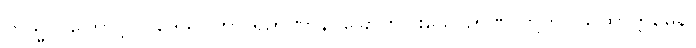
တသ္မာ၊ ကြောင့်။ ပဒေသဝိဟာ ရဉာဏာနိ၊ ခြောက်ပါးသောဉာဏ် တို့ကို။ ယထာက္ကမေန၊